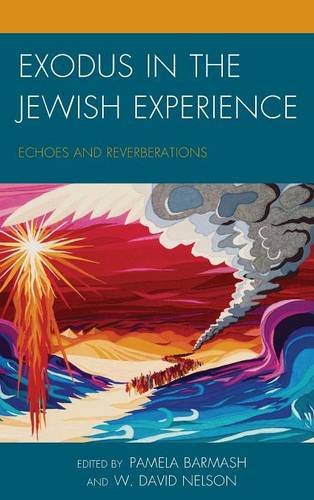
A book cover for Exodus in the Jewish Experience: Echoes and Reverberations; Christian Books & Bibles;